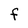
Character: f